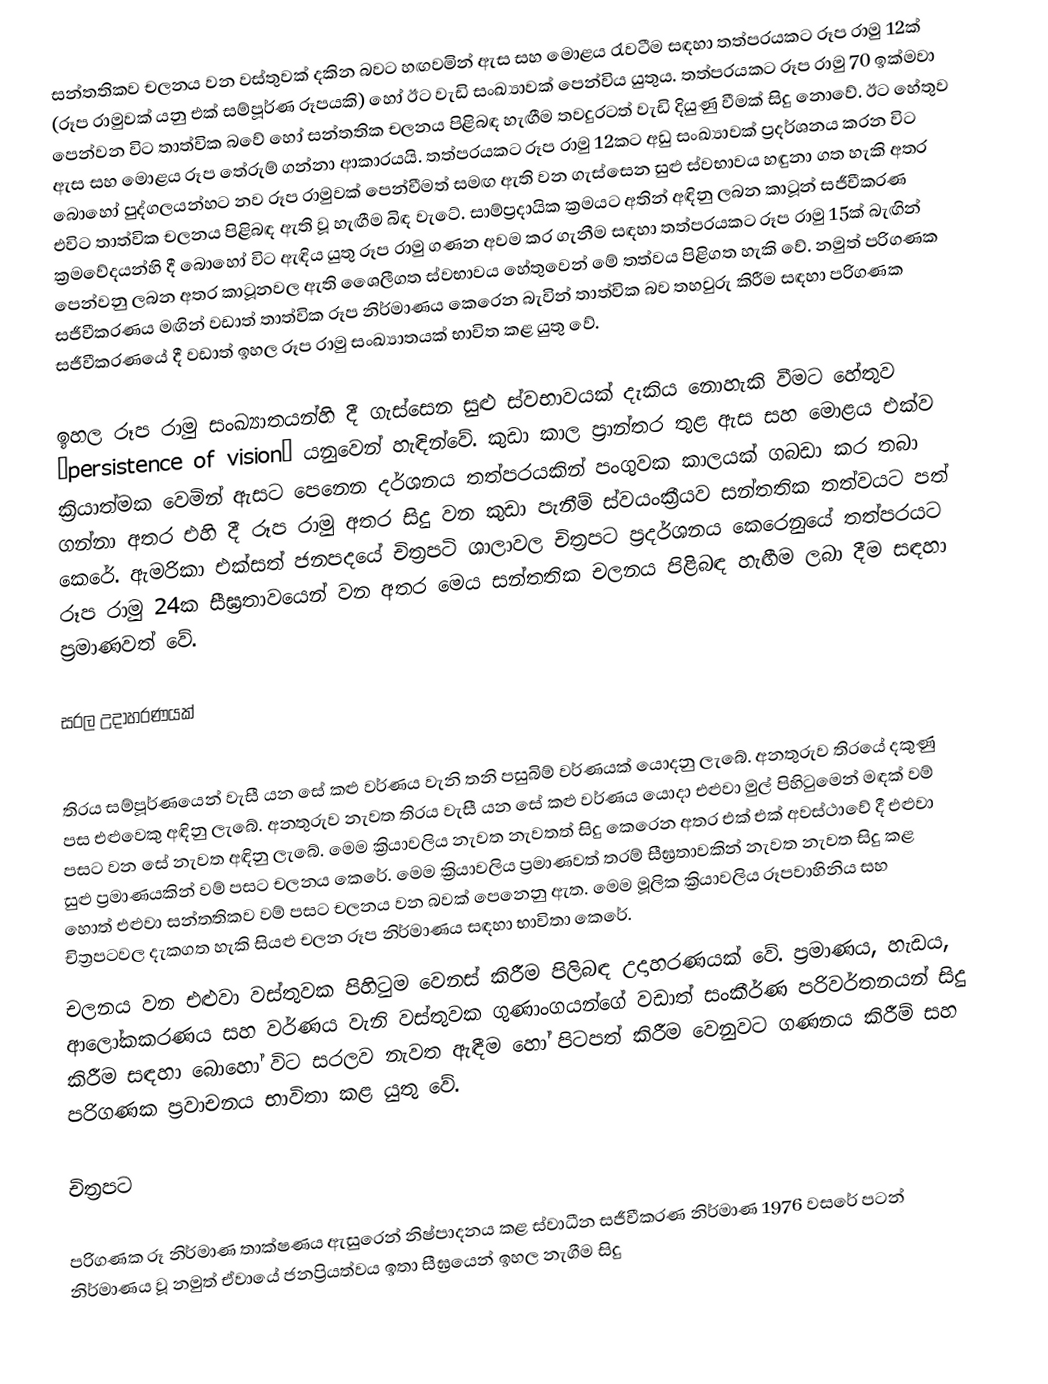
සන්තතිකව චලනය වන වස්තුවක් දකින බවට හඟවමින් ඇස සහ මොළය රැවටීම සඳහා තත්පරයකට රූප රාමු ‍12ක් (රූප රාමුවක් යනු එක් සම්පූර්ණ රූපයකි) හෝ ඊට වැඩි සංඛ්‍යාවක් පෙන්විය යුතුය. තත්පරයකට රූප රාමු 70 ඉක්මවා පෙන්වන විට තාත්වික බවේ හෝ සන්තතික චලනය පිළිබඳ හැඟීම තවදුරටත් වැඩි දියුණු වීමක් සිදු නොවේ. ඊට හේතුව ඇස සහ මොළය රූප තේරුම් ගන්නා ආකාරයයි. තත්පරයකට රූප රාමු 12කට අඩු සංඛ්‍යාවක් ප්‍රදර්ශනය කරන විට බොහෝ පුද්ගලයන්හට නව රූප රාමුවක් පෙන්වීමත් සමඟ ඇති වන ගැස්සෙන සුළු ස්වභාවය හඳුනා ගත හැකි අතර ‍එවිට තාත්වික චලනය පිළිබඳ ඇති වූ හැඟීම බිඳ වැටේ. සාම්ප්‍රදායික ක්‍රමයට අතින් අඳිනු ලබන කාටූන් සජීවීකරණ ක්‍රමවේදයන්හි දී බොහෝ විට ඇඳිය යුතු රූප රාමු ගණන අවම කර ගැනීම සඳහා තත්පරයකට රූප රාමු 15ක් බැඟින් පෙන්වනු ලබන අතර කාටූනවල ඇති ශෛලීගත ස්වභාවය හේතුවෙන් මේ තත්වය පිළිගත හැකි වේ. නමුත් පරිගණක සජීවීකරණය මඟින් වඩාත් තාත්වික රූප නිර්මාණය කෙරෙන බැවින් තාත්වික බව තහවුරු කිරීම සඳහා පරිගණක සජීවීකරණයේ දී වඩාත් ඉහල රූප රාමු සංඛ්‍යාතයක් භාවිත කළ යුතු වේ.

ඉහල රූප රාමු සංඛ්‍යාතයන්හි දී ගැස්සෙන සුළු ස්වභාවයක් දැකිය නොහැකි වීමට හේතුව “persistence of vision” යනුවෙන් හැඳින්වේ. කුඩා කාල ප්‍රාන්තර තුළ ඇස සහ මොළය එක්ව ක්‍රියාත්මක වෙමින් ඇසට පෙනෙන දර්ශනය තත්පරයකින් පංගුවක කාලයක් ගබඩා කර තබා ගන්නා අතර එහි දී රූප රාමු අතර සිදු වන කුඩා පැනීම් ස්වයංක්‍රීයව සන්තතික තත්වයට පත් කෙරේ. ඇමරිකා එක්සත් ජනපදයේ චිත්‍රපටි ශාලාවල චිත්‍රපට ප්‍රදර්ශනය කෙරෙනුයේ තත්පරයට රූප රාමු 24ක සීඝ්‍රතාවයෙන් වන අතර මෙය සන්තතික චලනය පිළිබඳ හැඟීම ලබා දීම සඳහා ප්‍රමාණවත් වේ.

සරල උදාහරණයක්

තිරය සම්පූර්ණයෙන් වැසී යන සේ කළු වර්ණය වැනි තනි පසුබිම් වර්ණයක් යොදනු ලැබේ. අනතුරුව තිරයේ දකුණු පස එළුවෙකු අඳිනු ලැබේ. අනතුරුව නැවත තිරය වැසී යන සේ කළු වර්ණය යොදා එළුවා මුල් පිහිටුමෙන් මඳක් වම් පසට වන සේ නැවත අඳිනු ලැබේ. මෙම ක්‍රියාවලිය නැවත නැවතත් සිදු කෙරෙන අතර එක් එක් අවස්ථාවේ දී එළුවා සුළු ප්‍රමාණයකින් වම් පසට චලනය කෙරේ. මෙම ක්‍රියාවලිය ප්‍රමාණවත් තරම් සීඝ්‍රතාවකින් නැවත නැවත සිදු කළ හොත් එළුවා සන්තතිකව වම් පසට චලනය වන බවක් පෙනෙනු ඇත. මෙම මූලික ක්‍රියාවලිය රූපවාහිනිය සහ චිත්‍රපටවල දැකගත හැකි සියළු චලන රූප නිර්මාණය සඳහා භාවිතා කෙරේ.
චලනය වන එළුවා වස්තුවක පිහිටුම වෙනස් කිරීම පිලිබඳ උදාහරණයක් වේ. ප්‍රමාණය, හැඩය, ආලෝකකරණය සහ වර්ණය ‍වැනි වස්තුවක ගුණාංගයන්ගේ වඩාත් සංකීර්ණ පරිවර්තනයන් සිදු කිරීම සඳහා බොහෝ විට සරලව නැවත ඇඳීම හෝ පිටපත් කිරීම වෙනුවට ගණනය කිරීම් සහ පරිගණක ප්‍රවාචනය භාවිතා කළ යුතු වේ.

චිත්‍රපට

පරිගණක රූ නිර්මාණ තාක්ෂණය ඇසුරෙන් නිෂ්පාදනය කළ ස්වාධීන සජීවීකරණ නිර්මාණ 1976 ව‍සරේ පටන් නිර්මාණය වූ නමුත් ඒවායේ ජනප්‍රියත්වය ඉතා සීඝ්‍රයෙන් ඉහල නැගීම සිදු